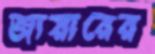
জায়ারের